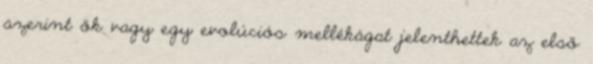
szerint ők vagy egy evolúciós mellékágat jelenthettek az első